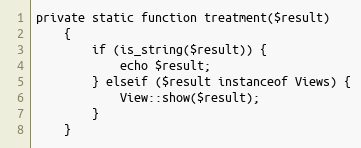
Language: PHP
private static function treatment($result)
    {
        if (is_string($result)) {
            echo $result;
        } elseif ($result instanceof Views) {
            View::show($result);
        }
    }